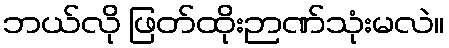
ဘယ်လို ဖြတ်ထိုးဉာဏ်သုံးမလဲ။